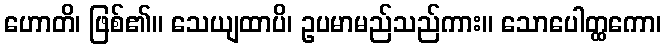
ဟောတိ၊ ဖြစ်၏။ သေယျထာပိ၊ ဥပမာမည်သည်ကား။ သောပေါတ္ထကော၊